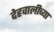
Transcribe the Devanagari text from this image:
देहवालीच्या